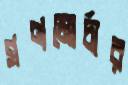
গণমোর্চার